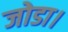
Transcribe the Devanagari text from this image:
जोडा।